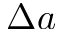
\Delta a